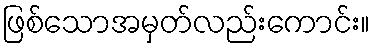
ဖြစ်သောအမှတ်လည်းကောင်း။